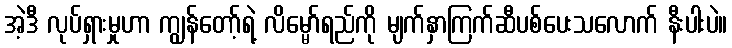
အဲ့ဒီ လုပ်ရှားမှုဟာ ကျွန်တော့်ရဲ့ လိမ္မော်ရည်ကို မျက်နှာကြက်ဆီပစ်ပေးသလောက် နီးပါးပဲ။